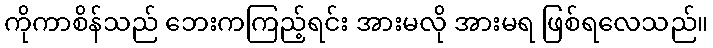
ကိုကာစိန်သည် ဘေးကကြည့်ရင်း အားမလို အားမရ ဖြစ်ရလေသည်။